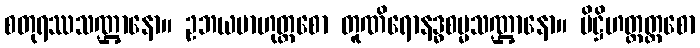
စတုရဿသဏ္ဌာနော။ ဥဘယဗာဟုတ္တစော တူဏိရောနဒ္ဓစမ္မသဏ္ဌာနော။ ပိဋ္ဌိဟတ္ထတ္တစော